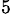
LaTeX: _{5}